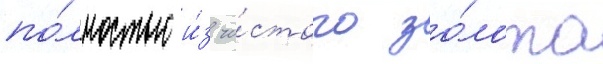
по́лностью и́з чи́стого зо́лота